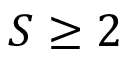
S \geq 2